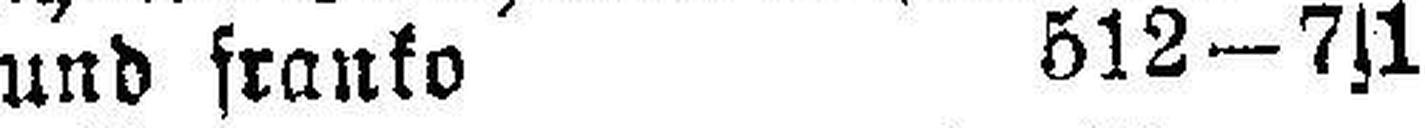
und franko 512 — 7s1